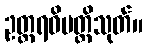
ဥတ္တရဝိပတ္တိသုတ်။